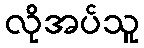
လိုအပ်သူ